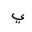
Letter: _ya